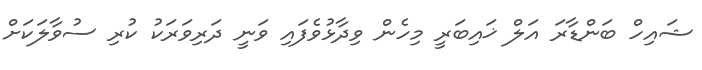
ޝައިހް ބަންޑާރަ އަލް ޚައިބަރީ މިހެން ވިދާޅުވެފައި ވަނީ ދަރިވަރަކު ކުރި ސުވާލަކަށް